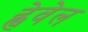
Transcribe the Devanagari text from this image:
ह्वेवेल